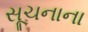
સૂચનાના